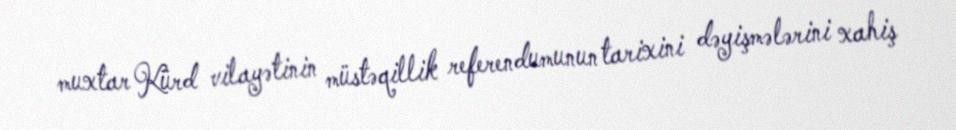
muxtar Kürd vilayətinin müstəqillik referendumunun tarixini dəyişmələrini xahiş